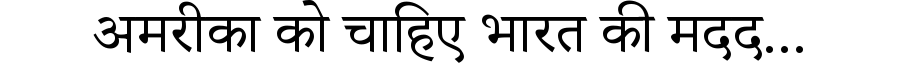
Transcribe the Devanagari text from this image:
अमरीका को चाहिए भारत की मदद...